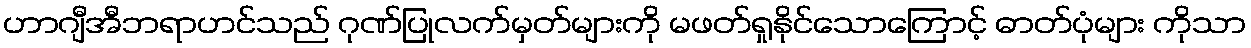
ဟာဂျီအီဘရာဟင်သည် ဂုဏ်ပြုလက်မှတ်များကို မဖတ်ရှုနိုင်သောကြောင့် ဓာတ်ပုံများ ကိုသာ